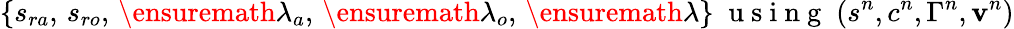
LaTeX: \{ s_{ra},\, s_{ro},\, \ensuremath{\lambda}_{a},\, \ensuremath{\lambda}_{o},\, \ensuremath{\lambda}\} \; \mathrm{~u~s~i~n~g~}\; (s^{n},c^{n},\Gamma^{n},{\mathbf v}^{n})